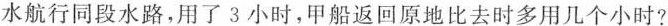
水航行同段水路，用了3小时，甲船返回原地比去时多用几个小时?